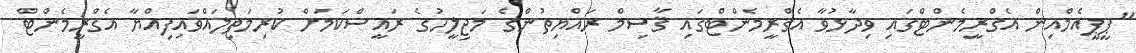
"ޕީޕީއެމްއިން އެގްރީމެންޓްގައި ވިދާޅުވާ އެގްރީމެންޓްގައި ޤާސިމް ރައްޔިތުންގެ މަޖިލީހުގެ ރައީސްކަމަށް ކުރިމަތިލައްވައިފިއްޔާ އެގްރީމެންޓް